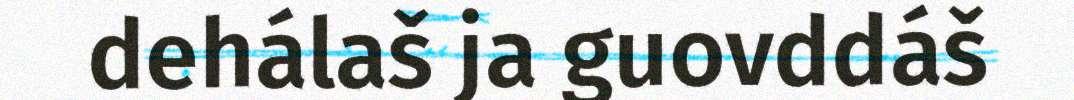
dehálaš ja guovddáš